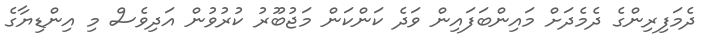
ދެމަފިރިންގެ ދެމެދަށް މައިންބަފައިން ވަދެ ކަންކަން މަޖުބޫރު ކުރުވުން އަދިވެސް މި އިންޑިޔާގެ